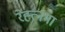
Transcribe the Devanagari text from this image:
रेह्त्नमा